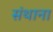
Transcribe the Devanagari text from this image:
संथाना